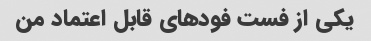
یکی از فست فودهای قابل اعتماد من